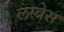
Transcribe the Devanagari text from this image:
लस्त्रेस